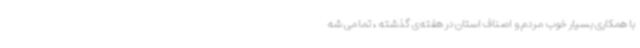
با همکاری بسیار خوب مردم و اصناف استان در هفته‌ی گذشته ، تمامی شه